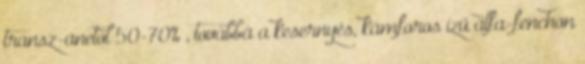
transz-anetol 50-70% , továbbá a kesernyés, kámforos ízű alfa-fenchon